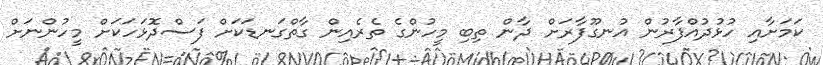
ކަމަށާއި ހުޅުދުއްފާރުން އުނގޫފާރަށް ދާން ތިބި މީހުންގެ ތެރެއިން ގާތްގަނޑަކަށް ފަސްދޮޅަހަކަށް މީހުންނަށް